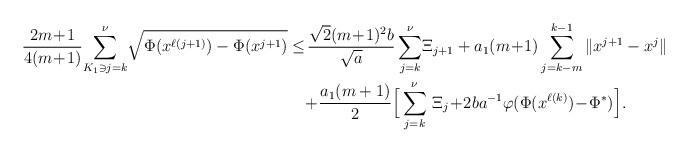
LaTeX: \begin{align*}\frac{2m\!+\!1}{4(m\!+\!1)}\!\sum_{K_1\ni j=k}^{\nu}\!\sqrt{\Phi(x^{\ell(j+1)})-\Phi(x^{j+1})}&\le\!\frac{\sqrt{2}(m\!+\!1)^2b}{\sqrt{a}}\sum_{j=k}^{\nu}\!\Xi_{j+1}+a_1(m\!+\!1)\sum_{j=k-m}^{k-1}\|x^{j+1}-x^j\|\\ &\quad\!+\!\frac{a_1(m+1)}{2}\Big[\sum_{j=k}^{\nu}\,\Xi_j\!+\!2ba^{-1}\varphi(\Phi(x^{\ell(k)})\!-\!\Phi^*)\Big].\end{align*}